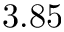
3 . 8 5